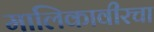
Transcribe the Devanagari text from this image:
मालिकावीरचा